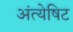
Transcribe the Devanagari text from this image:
अंत्येषिट